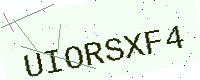
Text: UIORSXF4